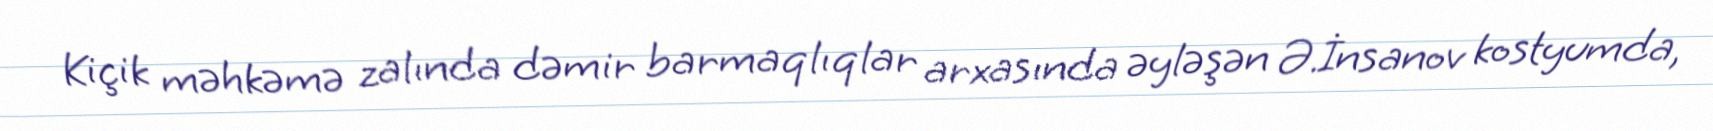
Kiçik məhkəmə zalında dəmir barmaqlıqlar arxasında əyləşən Ə.İnsanov kostyumda,